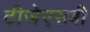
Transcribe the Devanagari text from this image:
टीजेएसबी